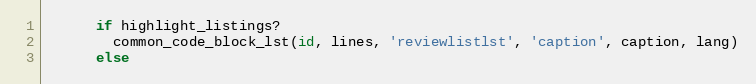
Language: Ruby
      if highlight_listings?
        common_code_block_lst(id, lines, 'reviewlistlst', 'caption', caption, lang)
      else